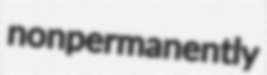
nonpermanently